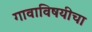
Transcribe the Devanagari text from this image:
गावाविषयीचा